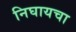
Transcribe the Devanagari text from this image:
निघायचा